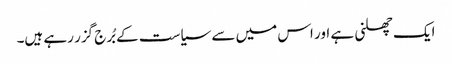
ایک چھلنی ہے اور اس میں سے سیاست کے بُرج گزر رہے ہیں۔